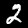
Label: 2